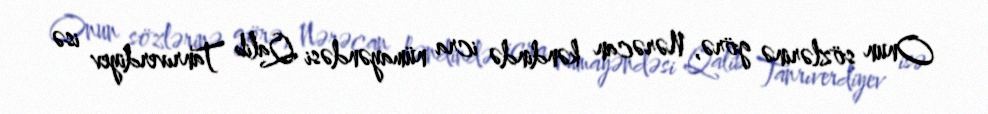
Onun sözlərinə görə, Nərəcan kəndində icra nümayəndəsi Qalib Tanrıverdiyev isə